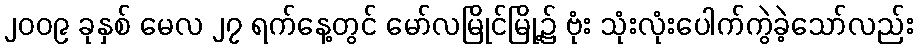
၂၀၀၉ ခုနှစ် မေလ ၂၇ ရက်နေ့တွင် မော်လမြိုင်မြို့၌ ဗုံး သုံးလုံးပေါက်ကွဲခဲ့သော်လည်း